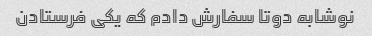
نوشابه دوتا سفارش دادم که یکی فرستادن